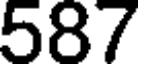
587